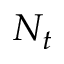
N _ { t }